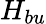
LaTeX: H_{bu}